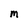
Character: M